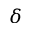
\delta